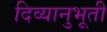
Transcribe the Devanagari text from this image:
दिव्यानुभूती